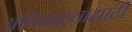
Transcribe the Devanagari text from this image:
अधिकाऱ्यासाठी